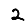
Digit: 2